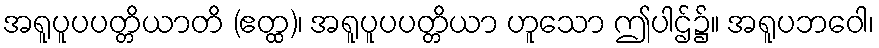
အရူပူပပတ္တိယာတိ (ဧတ္ထ)၊ အရူပူပပတ္တိယာ ဟူသော ဤပါဌ်၌။ အရူပဘဝေါ၊